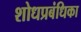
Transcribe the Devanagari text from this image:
शोधप्रबंधिका